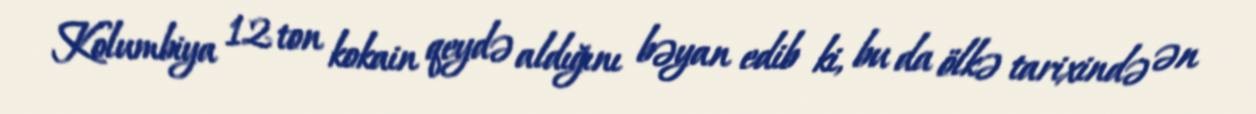
Kolumbiya 12 ton kokain qeydə aldığını bəyan edib ki, bu da ölkə tarixində ən